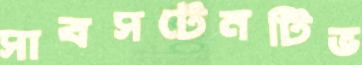
সাবসটেনটিভ